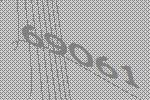
69061